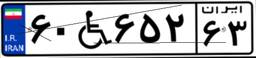
۰۲W۴۳۲۴۳